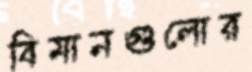
বিমানগুলোর